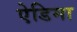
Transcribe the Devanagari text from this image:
ऐडिमा